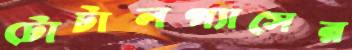
টোটালগ্যাসের